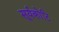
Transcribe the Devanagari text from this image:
सूर्यकोटि